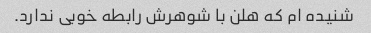
شنیده ام که هلن با شوهرش رابطه خوبی ندارد.